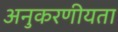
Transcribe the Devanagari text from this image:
अनुकरणीयता